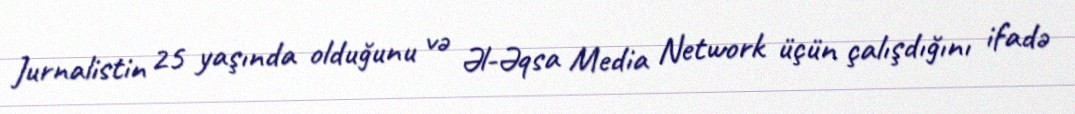
Jurnalistin 25 yaşında olduğunu və Əl-Əqsa Media Network üçün çalışdığını ifadə